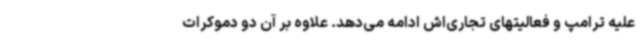
علیه ترامپ و فعالیتهای تجاری‌اش ادامه می‌دهد. علاوه بر آن دو دموکرات